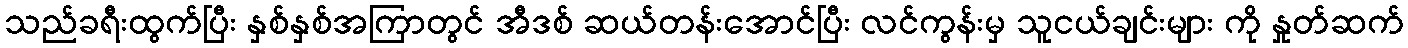
သည်ခရီးထွက်ပြီး နှစ်နှစ်အကြာတွင် အီဒစ် ဆယ်တန်းအောင်ပြီး လင်ကွန်းမှ သူငယ်ချင်းများ ကို နှုတ်ဆက်